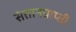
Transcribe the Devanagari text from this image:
संतानप्राप्ती